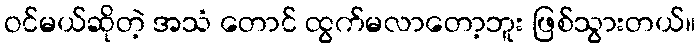
ဝင်မယ်ဆိုတဲ့ အသံ တောင် ထွက်မလာတော့ဘူး ဖြစ်သွားတယ်။